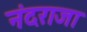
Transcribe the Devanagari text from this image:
नंदराजा